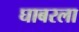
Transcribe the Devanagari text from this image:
घाबरला